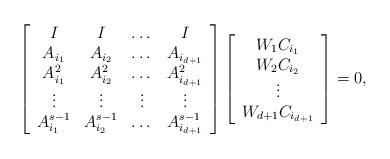
LaTeX: \begin{align*}\left[ \begin{array}{cccc} I & I & \dots & I\\A_{i_1} & A_{i_2} & \dots & A_{i_{d+1}}\\A_{i_1}^2 & A_{i_2}^2 & \dots & A_{i_{d+1}}^2\\\vdots & \vdots & \vdots & \vdots\\A_{i_1}^{s-1} & A_{i_2}^{s-1} & \dots & A_{i_{d+1}}^{s-1} \end{array} \right]\left[ \begin{array}{c} W_1C_{i_1}\\W_2C_{i_2}\\\vdots \\W_{d+1}C_{i_{d+1}} \end{array} \right]=0,\end{align*}